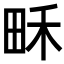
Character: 𤱛